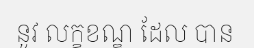
នូវ លក្ខខណ្ឌ ដែល បាន